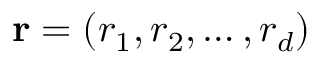
\mathbf { r } = \left( r _ { 1 } , r _ { 2 } , \ldots , r _ { d } \right)